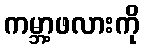
ကမ္ဘာ့ဖလားကို